Indian journal of veterinary science and animal husbandry - Volumes 15-17, 1948-1951
Year: 1948
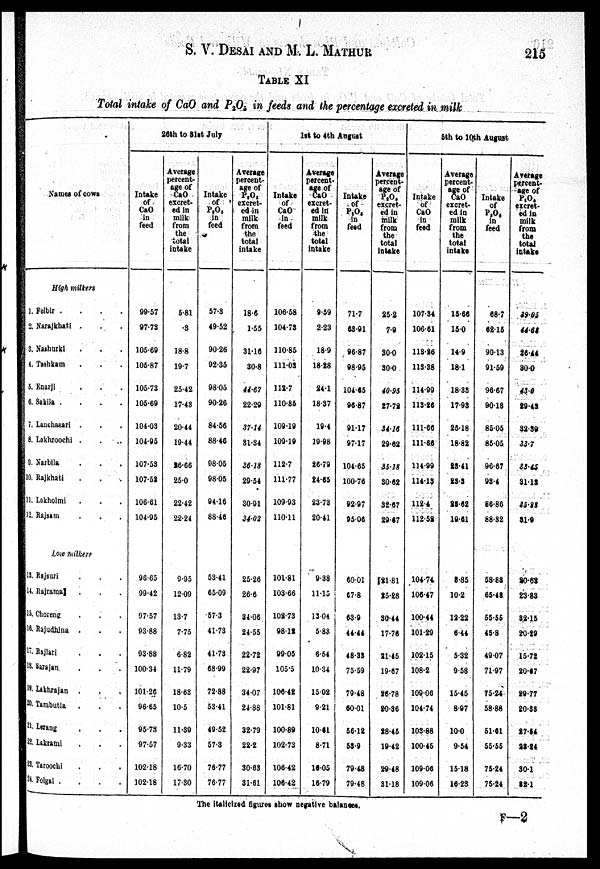
S. V. DESAI AND M. L.
MATHUR
215
TABLE XI
Total intake of CaO and P 2 O 5 in feeds and the percentage excreted in milk
Names of cows
High milkers
1. Felbir . . . .
2. Narajkhati . . .
3. Nashurki . . .
4. Tashkam . . .
5.
Enarji . . .
6. Sakila . . . .
7.
Lanchasari . . .
8. Lakhroochi . . .
9. Narbila . . .
10. Rajkhati . . .
11. Lokholmi . . .
12. Rajsam . . .
Low milkers
13. Rajsuri . . .
14.
Rajrama . . .
15. Choreng . . .
16. Rajudhina . . .
17.
Rajlari . . .
18. Sarajan . . .
19. Lakhrajan . . .
20.
Tambutia . . .
2l. Lerang . . .
22.
Lakrami . . .
23.
Taroochi . . .
24. Folgal . . . .
26th to 31st July
Intake
of
CaO
in
feed
99.57
97.73
105.69
105.87
105.73
105.69
104.03
104.95
107.53
107.53
106.61
104.95
96.65
99.42
97.57
93.88
93.88
100.34
101.26
96.65
95.73
97.57
102.18
102.18
Average
percent-
age of
CaO
excret-
ed in
milk
from
the
total
intake
6.81
.3
18.8
19.7
25.42
17.43
20.44
19.44
26.66
25.0
22.42
22.24
9.95
12.09
13.7
7.75
6.82
11.79
18.63
10.5
11.39
9.33
16.70
17.30
Intake
of
P 2 O 5
in
feed
57.3
49.52
90.26
92.35
98.05
90.26
84.56
88.46
98.05
98.05
94.16
88.46
53.41
65.09
57.3
41.73
41.73
68.99
72.88
53.41
49.52
57.3
76.77
76.77
Average
percent-
age of
P 2 O 5
excret-
ed in
milk
from
the
total
intake
18.6
1.55
31.16
30.8
44.67
22.29
37.14
31.34
36.18
29.54
30.91
34.02
25.26
26.6
34.06
24.55
22.72
22.97
34.07
24.88
32.79
22.2
30.63
31.61
1st to 4th August
Intake
of
CaO
in
feed
106.58
104.78
110.85
111.03
112.7
110.85
109.19
109.19
112.7
111.77
109.93
110.11
101.81
103.66
102.73
98.12
99.05
105.5
106.42
101.81
100.89
102.73
106.42
106.42
Average
percent-
age of
CaO
excret-
ed in
milk
from
the
total
intake
9.59
2.23
18.9
18.28
24.1
18.37
19.4
19.98
26.79
24.65
23.73
20.41
9.38
11.15
13.04
5.88
6.54
10.34
15.02
9.21
10.61
8.71
16.05
16.79
Intake
of
P 2 O 5
in
feed
71.7
63.91
96.87
98.95
104.65
96.87
91.17
97.17
104.65
100.76
92.97
95.06
60.01
67.8
63.9
44.44
48.33
75.59
79.48
60.01
56.12
53.9
79.48
79.48
Average
percent.
age
of
P 2 O 5
excret-
ed in
milk
from
the
total
intake
25.2
7.9
30.0
30.0
40.95
27.72
34.16
29.62
35.18
30.62
32.67
29.67
81.81
25.28
30.44
17.76
21.45
19.67
26.78
20.36
28.45
19.42
29.48
31.18
5th to 10th August
Intake
of
CaO
in
feed
107.34
106.61
113.26
113.38
114.99
113.26
111.66
111.66
114.99
114.13
112.4
112.52
104.74
106.47
100.44
101.29
102.15
108.2
109.06
104.74
103.88
100.45
109.06
109.06
Average
percent-
age of
CaO
excret-
ed in
milk
from
the
total
intake
16.66
15.0
14.9
18.1
18.33
17.93
25.18
18.82
28.41
23.3
28.62
19.61
8.85
10.2
12.22
6.44
5.32
9.58
15.45
8.97
10.0
9.54
15.18
16.23
Intake
of
P 2 O 5
in
feed
68.7
62.15
90.13
91.59
96.67
90.13
85.05
85.05
96.67
93.4
86.86
88.32
58.88
65.48
55.56
45.8
49.07
71.97
75.24
58.88
61.61
55.55
75.24
75.24
Average
percent.
age of
P 2 O 5
excret-
ed in
milk
from
the
total
intake
39.05
44.68
26.44
80.0
43.0
29.43
32.39
33.7
33.45
31.13
35.23
31.9
20.63
23.83
32.15
20.29
15.72
20.67
29.77
20.88
27.64
28.24
30.1
32.1
The italicized figures show negative balances.
F—2